Lock hospitals Punjab
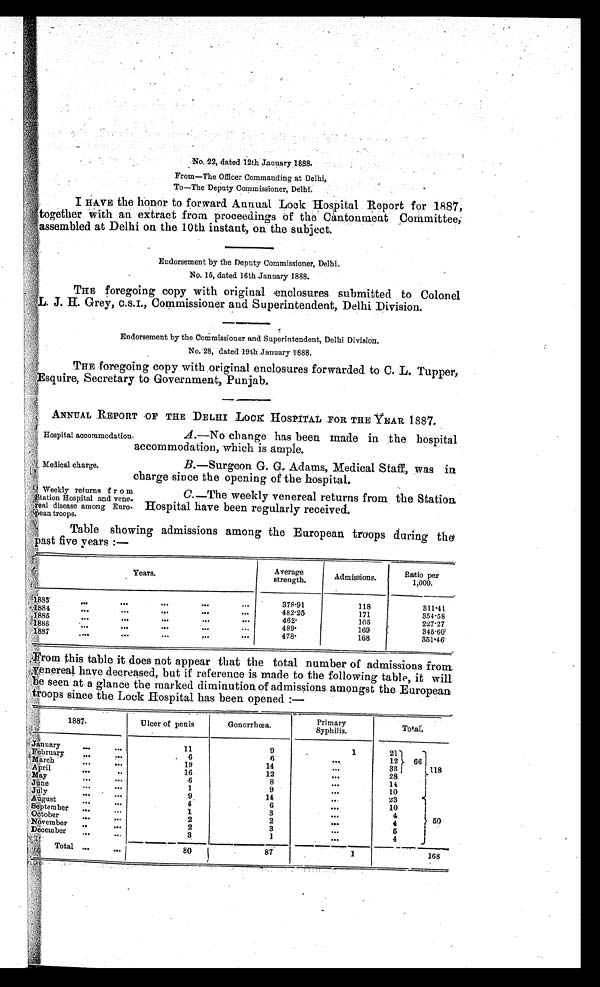
No, 22, dated 12th January 1888.
From—The Officer Commanding at Delhi,
To—The Deputy Commissioner, Delhi.
I HAVE the honor to forward Annual Lock Hospital Report for 1887,
together With an extract from proceedings Of the Cantonment Committee,
assembled at Delhi on the 10th instant, on the subject.
Endorsement by the Deputy Commissioner, Delhi.
No. 15, dated 16th January 1888.
THE foregoing copy with original enclosures submitted to Colonel
L. J. H. Grey, C.S.I., Commissioner and Superintendent, Delhi Division.
Endorsement by the Commissioner and Superintendent, Delhi Division.
No. 28, dated 19th January 1888.
THE foregoing copy with original enclosures forwarded to C. L. Tupper,
Esquire, Secretary to Government, Punjab.
ANNUAL REPORT OF THE DELHI LOCK HOSPITAL FOR THE YEAR 1887.
Hospital accommodation. A. —No change has been made in the hospital
accommodation, which is ample.
Medical charge.
B.—
Surgeon G. G. Adams, Medical Staff, was in
charge since the opening of the hospital.
Weekly returns f r o m
S t a t i o n H o s p i t a l a n d v e n e -
real disease among Euro
- pean troops.
C.
—The weekly venereal returns from the Station
Hospital have been regularly received.
Table showing admissions among the European troops during the
past five years :—
Y e a r s .
Average
strength.
Admissions.
Ratio per
1,000.
18 8 3
...
. . .
. . .
. . .
. . .
378.91
118
311.41
1884
. . .
...
. . . . .
.....
...
482. 25
171
354.58
1885
. . .
. . .
. . .
. . .
. . .
462.
105
227.27
1 8 8 6
. . .
...
. . .
...
. . .
489.
169
345.60
1887
...
. . .
. . .
. . .
. . .
478.
168
351.46
From this table it does not appear that the total number of admissions from
venereal have decreased, but if reference is made to the following table, it will
seen at a glance the marked diminution of admissions amongst the European
troops since the Lock Hospital has been opened :—
1887.
Ulcer of penis
Gonorrhœa.
Primary
Syphilis.
Total,
January
. . .
. . .
11
9
1
21
.Februar
. . .
. . . , - .
6
6
. . .
12
66
M arch
. . .
. . .
19
14
. . .
33
118
April
. . .
. . .
16
12
... 28
May
. . .
. . .
6
8
. . .
14
June
. . .
. . .
1
9
. . .
10
July
. . .
. . .
9
14
... 23
.August
. . .
. . . . . .
4
6
...
10
September
...
. . .
1
3
...
4
October
. . .
. . .
2
2
...
4
50
November
. . . .
. . .
2
3
. . .
5
December
. . .
...
3
1
. . .
4
Total ...
. . .
80
87
1
168